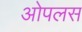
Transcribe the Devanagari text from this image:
ओपलस